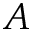
A